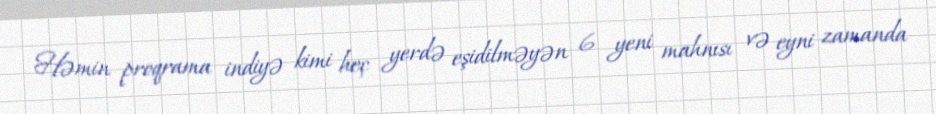
Həmin proqrama indiyə kimi heç yerdə eşidilməyən 6 yeni mahnısı və eyni zamanda